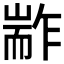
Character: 𰭭